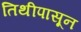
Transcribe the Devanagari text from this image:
तिथीपासून